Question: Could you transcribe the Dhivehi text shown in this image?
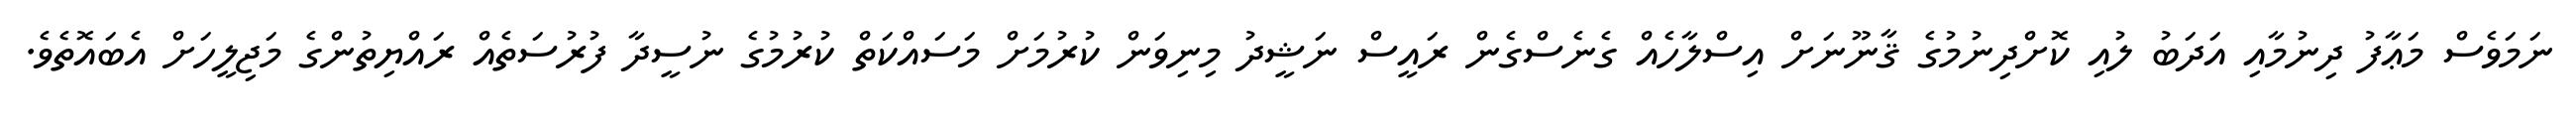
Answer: ނަމަވެސް މަޢާފު ދިނުމާއި އަދަބު ލުއި ކޮށްދިނުމުގެ ޤާނޫނަށް އިސްލާހެއް ގެނެސްގެން ރައީސް ނަޝީދު މިނިވަން ކުރުމަށް މަސައްކަތް ކުރުމުގެ ނުސީދާ ފުރުސަތެއް ރައްޔިތުންގެ މަޖިލީހަށް އެބައޮތެވެ.